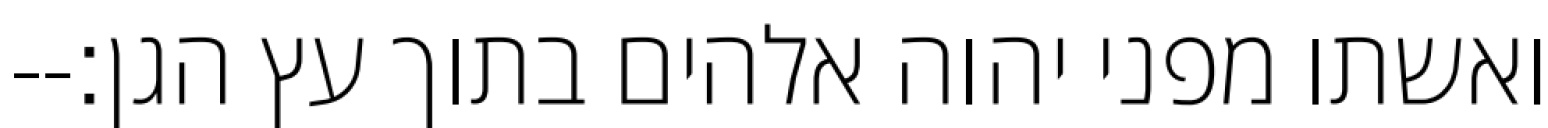
ואשתו מפני יהוה אלהים בתוך עץ הגן׃--